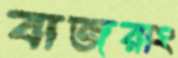
বাজরাং